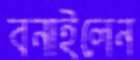
বনাইলেন